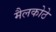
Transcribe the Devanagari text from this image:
मैलकोठे